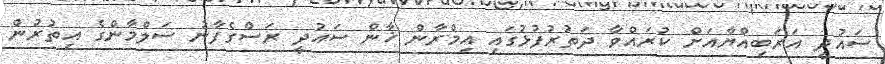
ސައުދީ އަރަބިއްޔާއަށް ކުރައްވާ ދަތުރުފުޅުގައި އިމްރާން ޚާން ސައުދީ ރަސްގެފާނު ސަލްމާންގެ އިތުރުން